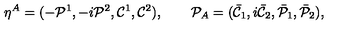
\eta ^ { A } = ( - { \cal P } ^ { 1 } , - i { \cal P } ^ { 2 } , { \cal C } ^ { 1 } , { \cal C } ^ { 2 } ) , \qquad { \cal P } _ { A } = ( { \bar { \cal C } } _ { 1 } , i { \bar { \cal C } } _ { 2 } , { \bar { \cal P } } _ { 1 } , { \bar { \cal P } } _ { 2 } ) ,